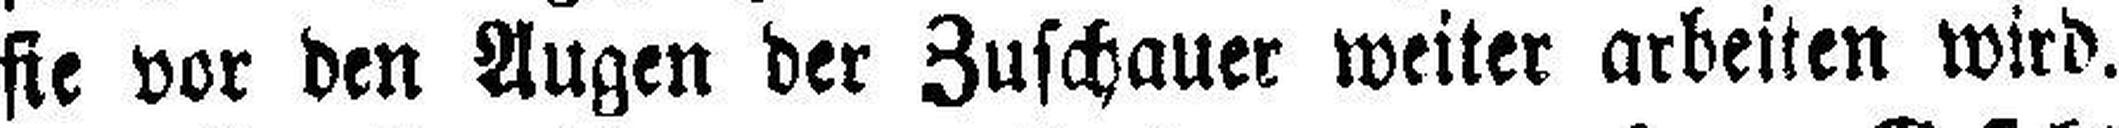
sie vor den Augen der Zuschauer weiter arbeiten wird.